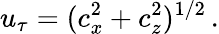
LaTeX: u_{\tau}=(c_{x}^{2}+c_{z}^{2})^{1/2}\, .